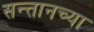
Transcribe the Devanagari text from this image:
सन्तानच्या